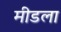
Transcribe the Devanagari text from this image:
मीडला